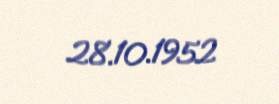
28.10.1952